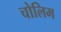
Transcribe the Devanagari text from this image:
चोलिम